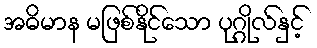
အဓိမာန မဖြစ်နိုင်သော ပုဂ္ဂိုလ်နှင့်